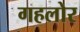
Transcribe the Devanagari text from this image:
गहलोर